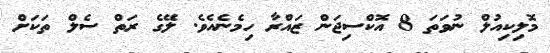
މޮލިކިއުލް ނުވަތަ 8 އޮކްސިޖަން ޒައްރާ ހިމެނެއެވެ. ލޭގެ ރަތް ސެލް ތަކަށް